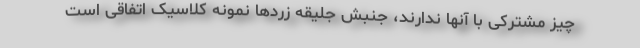
چیز مشترکی با آنها ندارند، جنبش جلیقه زردها نمونه کلاسیک اتفاقی است